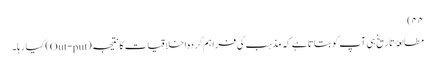
۴۴)
مطالعۂ تاریخ ہی آپ کو بتاتا ہے کہ مذہب کی فراہم کردہ اخلاقیات کا نتیجہ (Out-put) کیا رہا۔